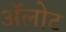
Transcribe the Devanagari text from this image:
ॲलोट